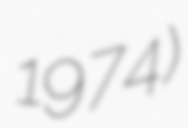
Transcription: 1974)